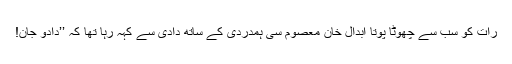
رات کو سب سے چھوٹا پوتا ابدال خان معصوم سی ہمدردی کے ساتھ دادی سے کہہ رہا تھا کہ ’’دادو جان!